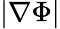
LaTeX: |\nabla\Phi|